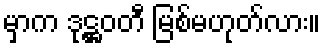
မှာက ဒုဋ္ဌဝတီ မြစ်မဟုတ်လား။